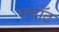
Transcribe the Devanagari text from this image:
मयॉट